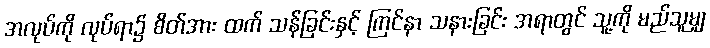
အလုပ်ကို လုပ်ရာ၌ စိတ်အား ထက် သန်ခြင်းနှင့် ကြင်နာ သနားခြင်း အရာတွင် သူ့ကို မည်သူမျှ